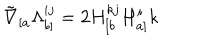
\tilde { \nabla } _ { [ a } \Lambda _ { b ] } ^ { i j } = 2 H _ { [ b } ^ { k j } H _ { a ] } ^ { i } { k }